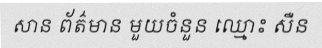
សាន ព័ត៌មាន មួយចំនួន ឈ្មោះ សឺន